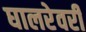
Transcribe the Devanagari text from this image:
घालरेवरी